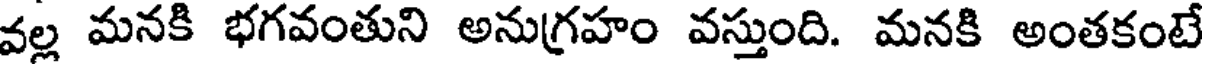
వల్ల మనకి భగవంతుని అనుగ్రహం వస్తుంది. మనకి అంతకంటే